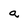
Character: a